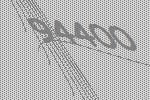
94400